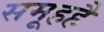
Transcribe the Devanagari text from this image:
समूहहै